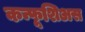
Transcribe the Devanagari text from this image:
कन्फूशिअस